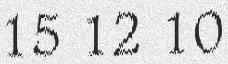
15 12 10